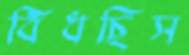
বিঁধছিস